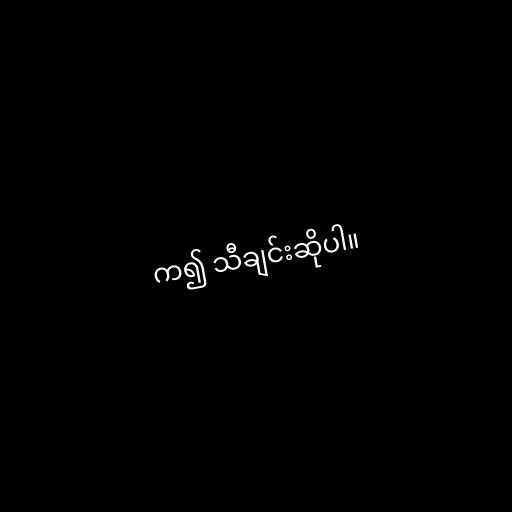
က၍ သီချင်းဆိုပါ။